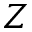
Z